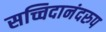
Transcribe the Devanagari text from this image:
सच्चिदानंदरुप